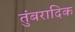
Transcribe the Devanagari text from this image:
तुंबरादिक